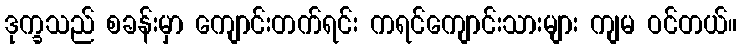
ဒုက္ခသည် စခန်းမှာ ကျောင်းတက်ရင်း ကရင်ကျောင်းသားများ ကျမ ဝင်တယ်။